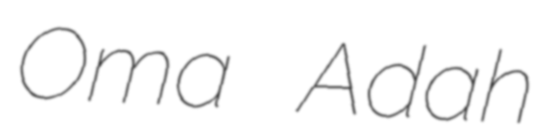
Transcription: Oma Adah